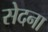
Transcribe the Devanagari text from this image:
सेदना